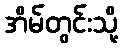
အိမ်တွင်းသို့